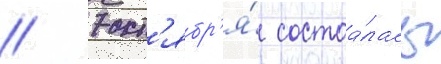
// 7 окт'ябр'я́ состоа́лась